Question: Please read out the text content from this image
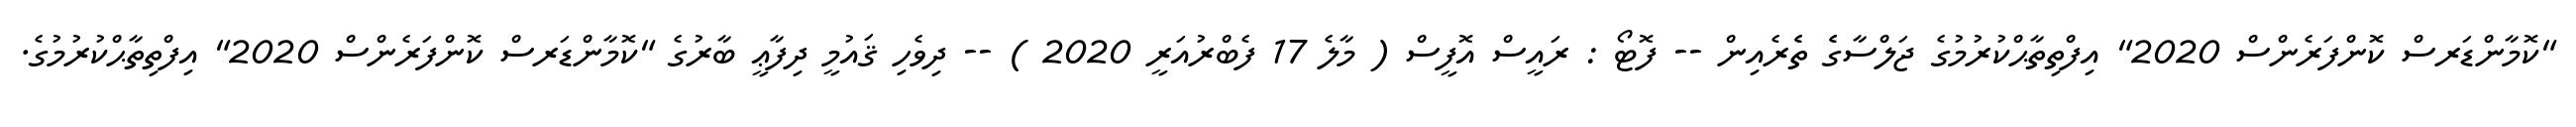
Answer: "ކޮމާންޑަރސް ކޮންފަރެންސް 2020" އިފްތިތާޙްކުރުމުގެ ޖަލްސާގެެ ތެެރެއިން -- ފޮޓޯ : ރައީސް އޮފީސް ( މާލެ 17 ފެބްރުއަރީ 2020 ) -- ދިވެހި ޤައުމީ ދިފާޢީ ބާރުގެ "ކޮމާންޑަރސް ކޮންފަރެންސް 2020" އިފްތިތާޙްކުރުމުގެ.